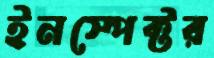
ইনস্পেক্টর